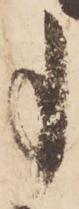
事